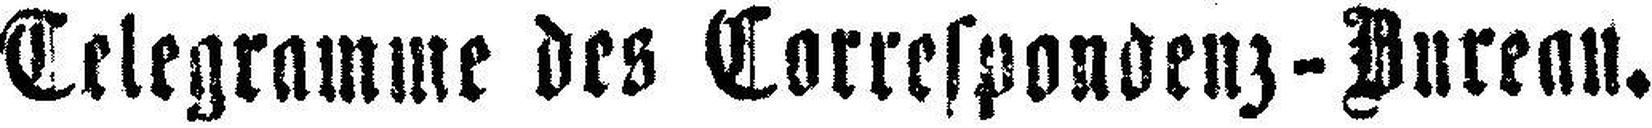
Telegramme des Correspondenz-Bureau.